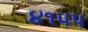
૪૧પપ